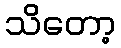
သိတော့